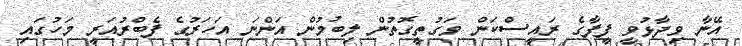
އޭނާ ވިދާޅުވީ ފީފާގެ ރައީސްކަން ވަގުތީގޮތުން ލިބުމުން އަންނަ އަހަރުގެ ފެބްރުއަރީ މަހުގައި